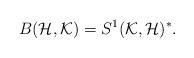
LaTeX: \begin{align*}B(\mathcal{H},\mathcal{K}) = S^1(\mathcal{K},\mathcal{H})^*.\end{align*}